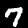
Label: 7